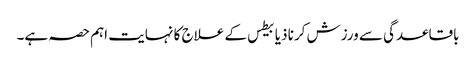
باقاعدگی سے ورزش کرنا ذیابیطس کے علاج کا نہایت اہم حصہ ہے۔